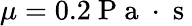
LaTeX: \mu=0.2\mathrm{~P~a~}\cdot\mathrm{~s~}